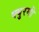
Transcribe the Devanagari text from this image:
क्युरमी